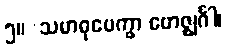
၅။	သမာဓုပေက္ခာ ဗောဇ္ဈင်္ဂါ၊